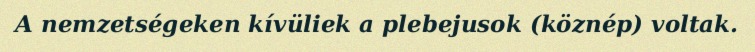
A nemzetségeken kívüliek a plebejusok (köznép) voltak.